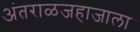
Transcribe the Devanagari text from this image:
अंतराळजहाजाला